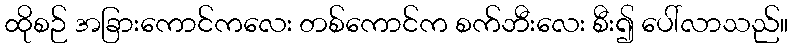
ထိုစဉ် အခြားကောင်ကလေး တစ်ကောင်က စက်ဘီးလေး စီး၍ ပေါ်လာသည်။